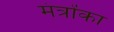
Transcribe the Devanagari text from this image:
मंत्रोंका